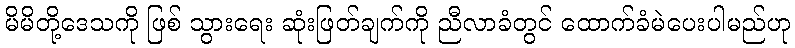
မိမိတို့ဒေသကို ဖြစ် သွားရေး ဆုံးဖြတ်ချက်ကို ညီလာခံတွင် ထောက်ခံမဲပေးပါမည်ဟု